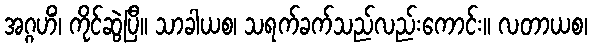
အဂ္ဂဟိံ၊ ကိုင်ဆွဲပြီ။ သာခါယစ၊ သရက်ခက်သည်လည်းကောင်း။ လတာယစ၊